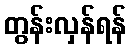
တွန်းလှန်ရန်